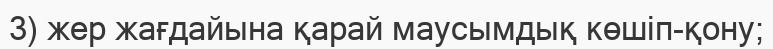
3) жер жағдайына қарай маусымдық көшіп-қону;